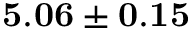
{ \bf 5 . 0 6 \pm 0 . 1 5 }